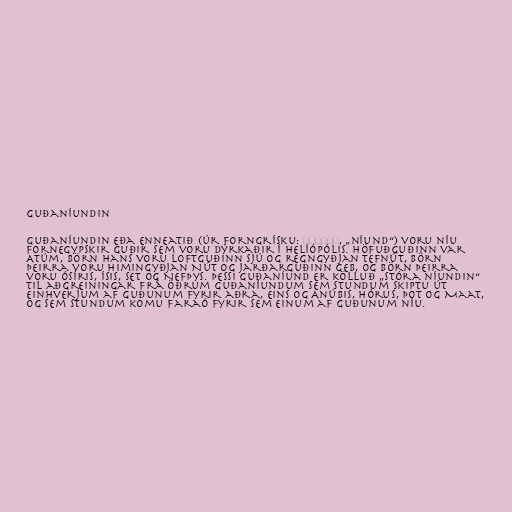
Guðaníundin

Guðaníundin eða enneatið (úr forngrísku: ἐννεάς, „níund“) voru níu
fornegypskir guðir sem voru dýrkaðir í Helíópólis. Höfuðguðinn var
Atúm, börn hans voru loftguðinn Sjú og regngyðjan Tefnút, börn
þeirra voru himingyðjan Nút og jarðarguðinn Geb, og börn þeirra
voru Ósíris, Ísis, Set og Nefþys. Þessi guðaníund er kölluð „stóra níundin“
til aðgreiningar frá öðrum guðaníundum sem stundum skiptu út
einhverjum af guðunum fyrir aðra, eins og Anúbis, Hórus, Þot og Maat,
og sem stundum komu faraó fyrir sem einum af guðunum níu.